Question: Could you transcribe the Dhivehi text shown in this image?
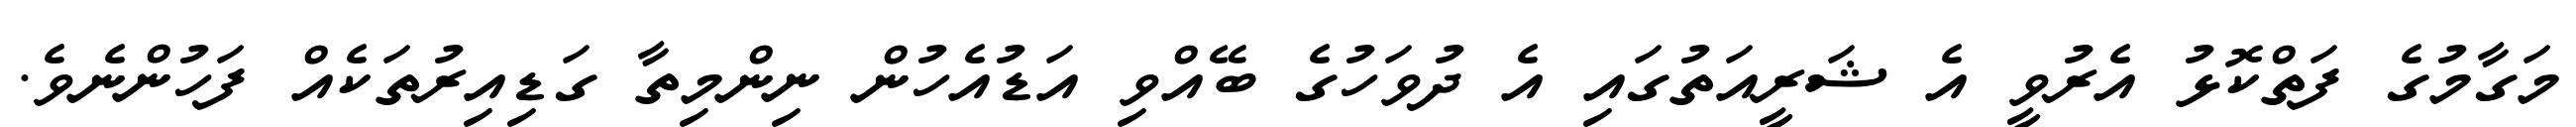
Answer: މަގާމުގެ ފަތްކޮޅު އެރުވީ އެ ޝަރީއަތުގައި އެ ދުވަހުގެ ބޭއްވި އަޑުއެހުން ނިންމިތާ ގަޑިއިރުތަކެއް ފަހުންނެވެ.